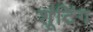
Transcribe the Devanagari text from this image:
शूंटिंग